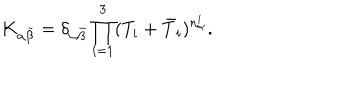
K _ { \alpha \bar { \beta } } = \delta _ { \alpha \bar { \beta } } \prod _ { i = 1 } ^ { 3 } ( T _ { i } + \bar { T } _ { i } ) ^ { n _ { \alpha } ^ { i } } .